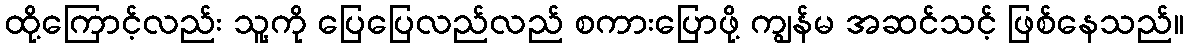
ထို့ကြောင့်လည်း သူ့ကို ပြေပြေလည်လည် စကားပြောဖို့ ကျွန်မ အဆင်သင့် ဖြစ်နေသည်။